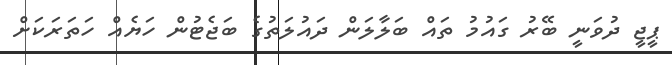
ޕީޖީ ދުވަނީ ބޭރު ގައުމު ތައް ބަލާލަން ދައުލަތުގެ ބަޖެޓުން ހަޔެއް ހަތަރަކަށް